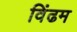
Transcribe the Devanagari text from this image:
विंढम